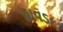
હાવડા